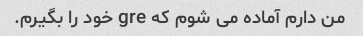
من دارم آماده می شوم که gre خود را بگیرم.